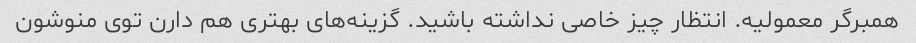
همبرگر معمولیه. انتظار چیز خاصی نداشته باشید. گزینه‌های بهتری هم دارن توی منوشون